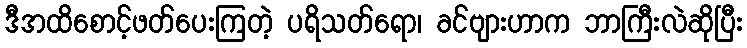
ဒီအထိစောင့်ဖတ်ပေးကြတဲ့ ပရိသတ်ရော၊ ခင်ဗျားဟာက ဘာကြီးလဲဆိုပြီး